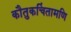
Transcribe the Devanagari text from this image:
कौतुकचिंतामणि